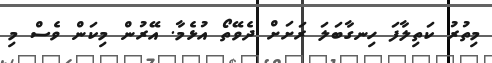
މިތުރު ކަތިލާފަ ހިނގާބަލަ ރަށަށް ދެވޭތޯ އުޅެމާ. އޭރުން މިކަން ވެސް މި